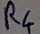
Text: R4